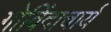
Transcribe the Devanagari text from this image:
गोविंदाचार्य